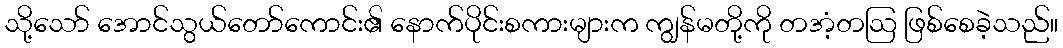
သို့သော် အောင်သွယ်တော်ကောင်း၏ နောက်ပိုင်းစကားများက ကျွန်မတို့ကို တအံ့တဩ ဖြစ်စေခဲ့သည်။